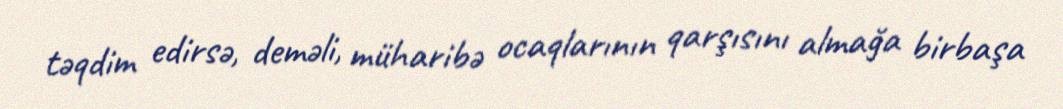
təqdim edirsə, deməli, müharibə ocaqlarının qarşısını almağa birbaşa